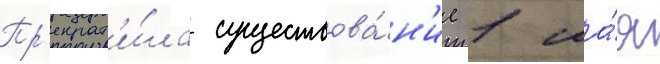
Пр'екрат'и́ла существова́н'ие 1 ма́я